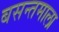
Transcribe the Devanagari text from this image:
बसन्तमाला